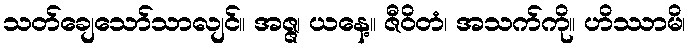
သတ်ချေသော်သာလျင်။ အဇ္ဇ၊ ယနေ့။ ဇီဝိတံ၊ အသက်ကို။ ဟိဿာမိ၊